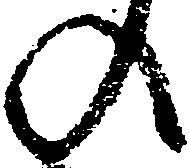
の